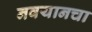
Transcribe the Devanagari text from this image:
नवयानचा